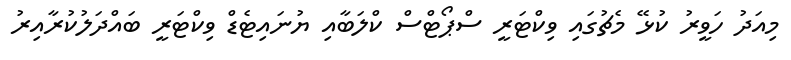
މިއަދު ހަވީރު ކުޅޭ މެޗުގައި ވިކްޓަރީ ސްޕޯޓްސް ކްލަބާއި ޔުނައިޓެޑް ވިކްޓަރީ ބައްދަލުކުރާއިރު